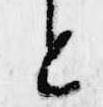
と